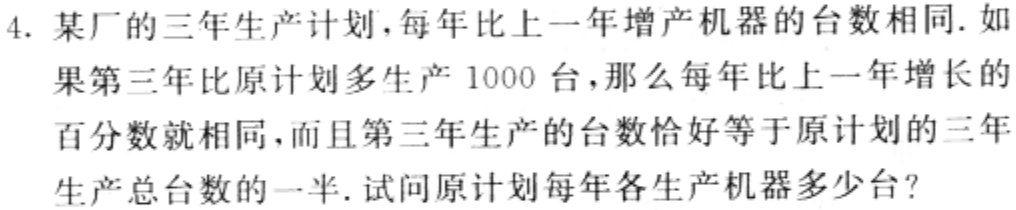
4. 某厂的三年生产计划，每年比上一年增产机器的台数相同. 如果第三年比原计划多生产1000台，那么每年比上一年增长的百分数就相同，而且第三年生产的台数恰好等于原计划的三年生产总台数的一半. 试问原计划每年各生产机器多少台？